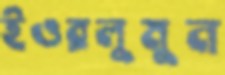
ইওরলুমুন